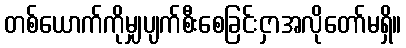
တစ်ယောက်ကိုမျှပျက်စီးစေခြင်းငှာအလိုတော်မရှိ။